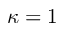
\kappa = 1